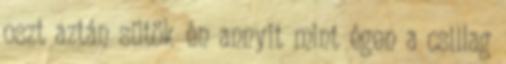
oszt aztán sütök én annyit mint égen a csillag